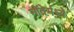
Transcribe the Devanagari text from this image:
नॉवेर्मध्ये